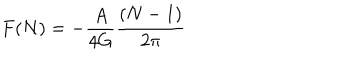
LaTeX: F ( N ) = - { \frac { A } { 4 G } } { \frac { ( N - 1 ) } { 2 \pi } }